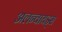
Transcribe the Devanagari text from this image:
अलन्वायड्स